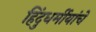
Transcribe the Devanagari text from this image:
हिंदुधर्मीयांचे